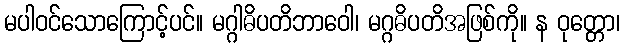
မပါဝင်သောကြောင့်ပင်။ မဂ္ဂါဓိပတိဘာဝေါ၊ မဂ္ဂဓိပတိအဖြစ်ကို။ န ဝုတ္တော၊